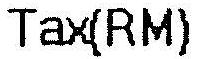
TAX(RM)